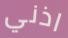
اذني